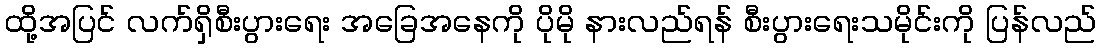
ထို့အပြင် လက်ရှိစီးပွားရေး အခြေအနေကို ပိုမို နားလည်ရန် စီးပွားရေးသမိုင်းကို ပြန်လည်